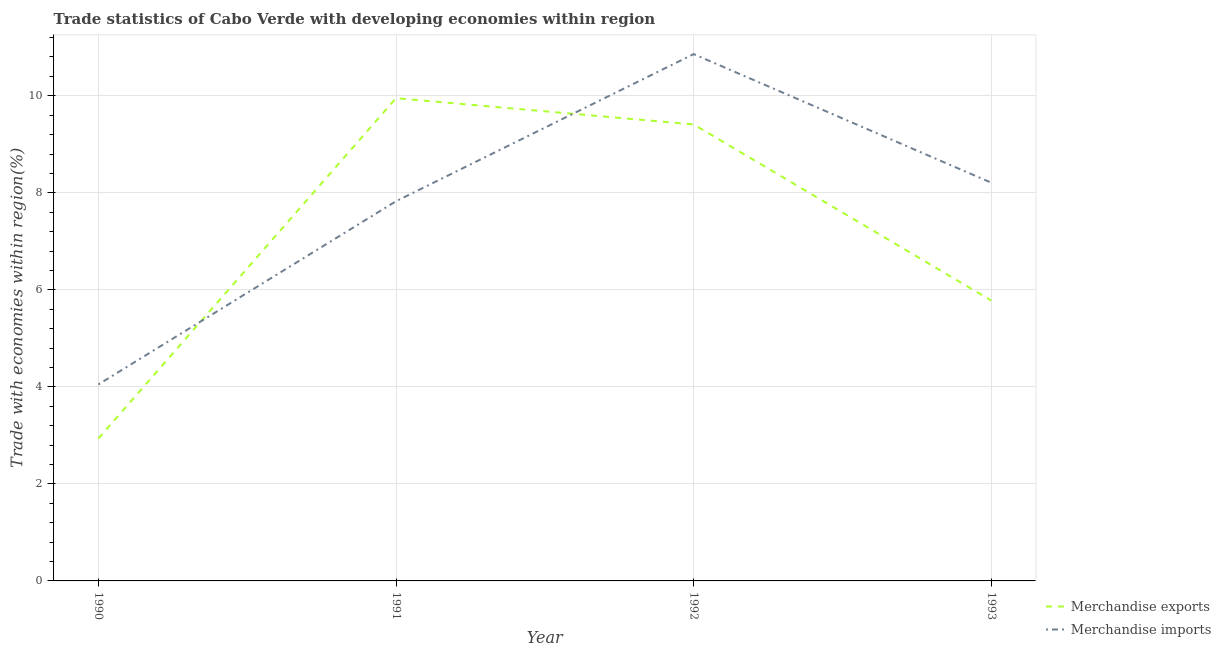
| Year | Merchandise exports | Merchandise imports |
 | --- | --- | --- |
 | 1990 | 2.93 | 4.05 |
 | 1991 | 9.95 | 7.83 |
 | 1992 | 9.41 | 10.9 |
 | 1993 | 5.78 | 8.21 |